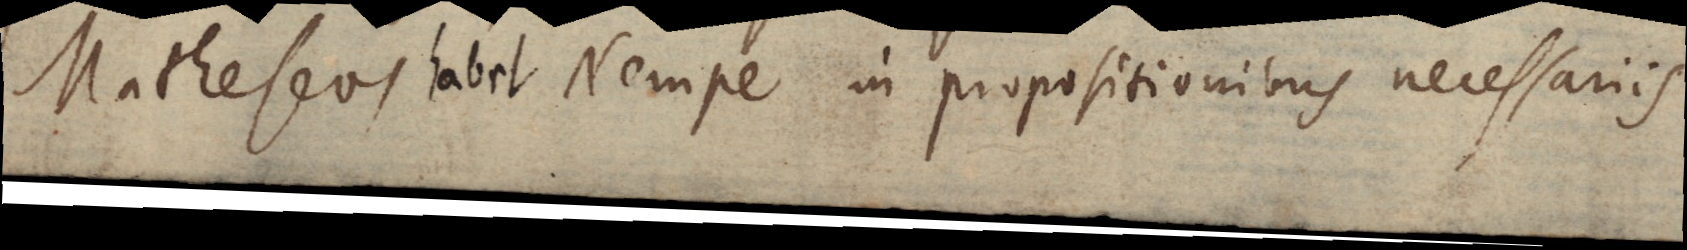
Matheseos habet. Nempe in propositionibus necessariis